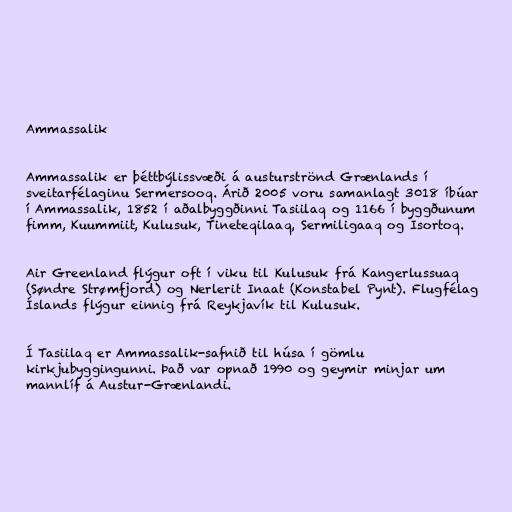
Ammassalik

Ammassalik er þéttbýlissvæði á austurströnd Grænlands í
sveitarfélaginu Sermersooq. Árið 2005 voru samanlagt 3018 íbúar
í Ammassalik, 1852 í aðalbyggðinni Tasiilaq og 1166 í byggðunum
fimm, Kuummiit, Kulusuk, Tineteqilaaq, Sermiligaaq og Isortoq.

Air Greenland flýgur oft í viku til Kulusuk frá Kangerlussuaq
(Søndre Strømfjord) og Nerlerit Inaat (Konstabel Pynt). Flugfélag
Íslands flýgur einnig frá Reykjavík til Kulusuk.

Í Tasiilaq er Ammassalik-safnið til húsa í gömlu
kirkjubyggingunni. Það var opnað 1990 og geymir minjar um
mannlíf á Austur-Grænlandi.